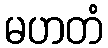
မဟတံ